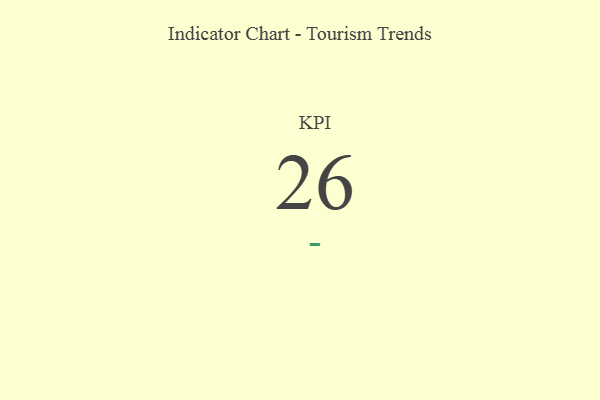
{"axis": {"x": "KPI", "y": "Value"}, "legend": [""], "data": [{"x": "KPI", "y": 26, "type": ""}]}